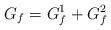
LaTeX: \begin{align*}G_f = G_f^1 + G_f^2\end{align*}